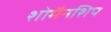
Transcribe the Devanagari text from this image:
शोमैनशिप